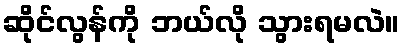
ဆိုင်လွန်ကို ဘယ်လို သွားရမလဲ။